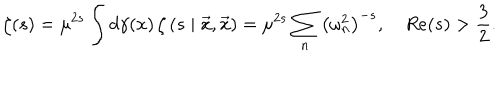
\zeta ( s ) = \mu ^ { 2 s } \int d \gamma ( x ) \, \zeta \left( s \mid \vec { x } , \vec { x } \right) = \mu ^ { 2 s } \sum _ { n } \left( \omega _ { n } ^ { 2 } \right) ^ { - s } , \quad R e ( s ) > \frac { 3 } { 2 } .